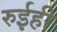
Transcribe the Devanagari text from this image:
रुईही